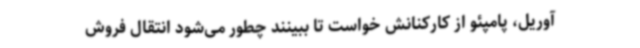
آوریل، پامپئو از کارکنانش خواست تا ببینند چطور می‌شود انتقال فروش